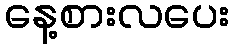
နေ့စားလပေး